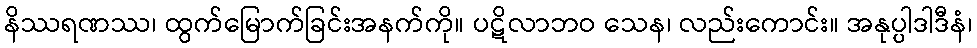
နိဿရဏဿ၊ ထွက်မြောက်ခြင်းအနက်ကို။ ပဋိလာဘဝ သေန၊ လည်းကောင်း။ အနုပ္ပါဒါဒီနံ၊